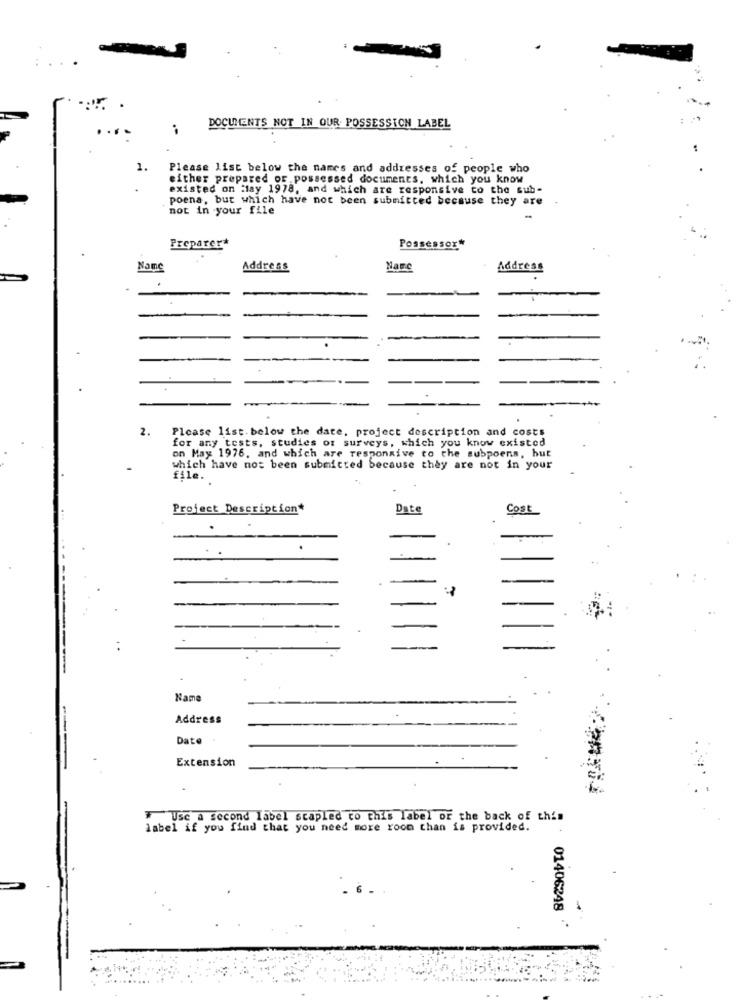
DOCUMENTS NOT IN OUR POSSESSION LABEL
1.
Please list below the names and addresses of people who
either prepared or possessed documents, which you know
existed on May 1978, and which are responsive to the sub-
poena, but which have not been submitted because they are
.
not in your file
Preparer*
Possessor*
Name
Address
Narc
Address
2.
Please list. below the date, project description and costs
for any tests, studies of surveys, which you know existed
on May 1976, and which are responsive to the subpoena, but
which have not been submitted because they are not in your
file.
Project Description*
Date
Cost
Name
Address
Date
Extension
# Usc a second Iabel scapled to this label or the back of this
label if you find that you need more room than is provided.
01406248